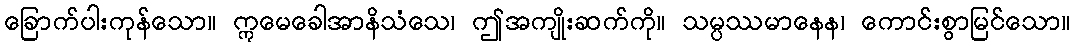
ခြောက်ပါးကုန်သော။ ဣမေခေါအာနိသံသေ၊ ဤအကျိုးဆက်ကို။ သမ္ပဿမာနေန၊ ကောင်းစွာမြင်သော။